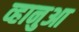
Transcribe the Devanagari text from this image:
व्हानुआ